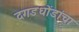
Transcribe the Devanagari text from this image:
दगडधोंडांचा